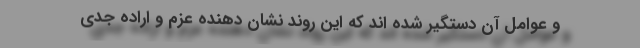
و عوامل آن دستگیر شده اند که این روند نشان دهنده عزم و اراده جدی